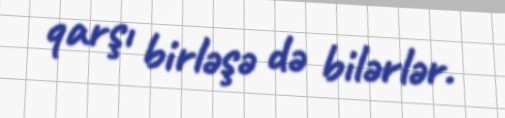
qarşı birləşə də bilərlər.